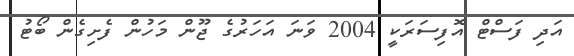
އަދި ފަސްޓް އޮފިސަރަކީ 2004 ވަނަ އަހަރުގެ ޖޫން މަހުން ފެށިގެން ބޯޓު